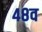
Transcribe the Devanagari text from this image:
४८व